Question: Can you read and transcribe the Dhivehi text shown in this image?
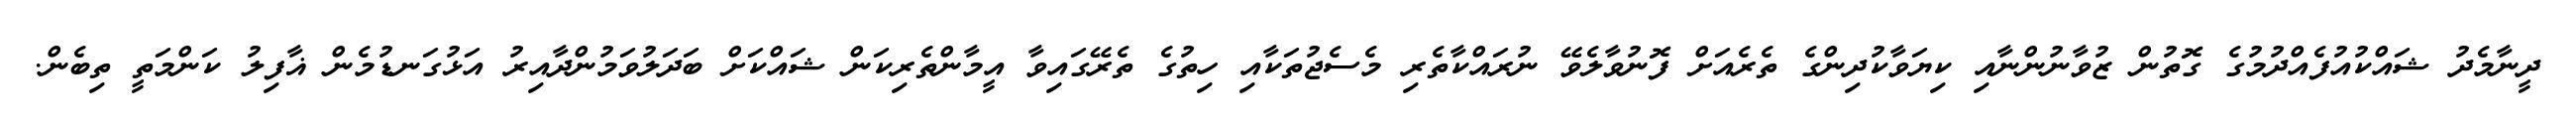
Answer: ދީނާމެދު ޝައްކުއުފެއްދުމުގެ ގޮތުން ޒުވާނުންނާއި ކިޔަވާކުދިންގެ ތެރެއަށް ފޮނުވާލެވޭ ނުރައްކާތެރި މެސެޖުތަކާއި ހިތުގެ ތެރޭގައިވާ އީމާންތެރިކަން ޝައްކަށް ބަދަލުވަމުންދާއިރު އަޅުގަނޑުމެން ޣާފިލު ކަންމަތީ ތިބެން.